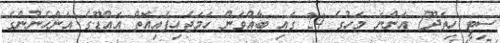
ސިޓީ ހިތަދޫ) އަންނަ މަހުގެ 24 ގައި ބާއްވަން ހަމަޖެހިފައިއޮތް އައްޑޫގެ އަންހެނުންގެ